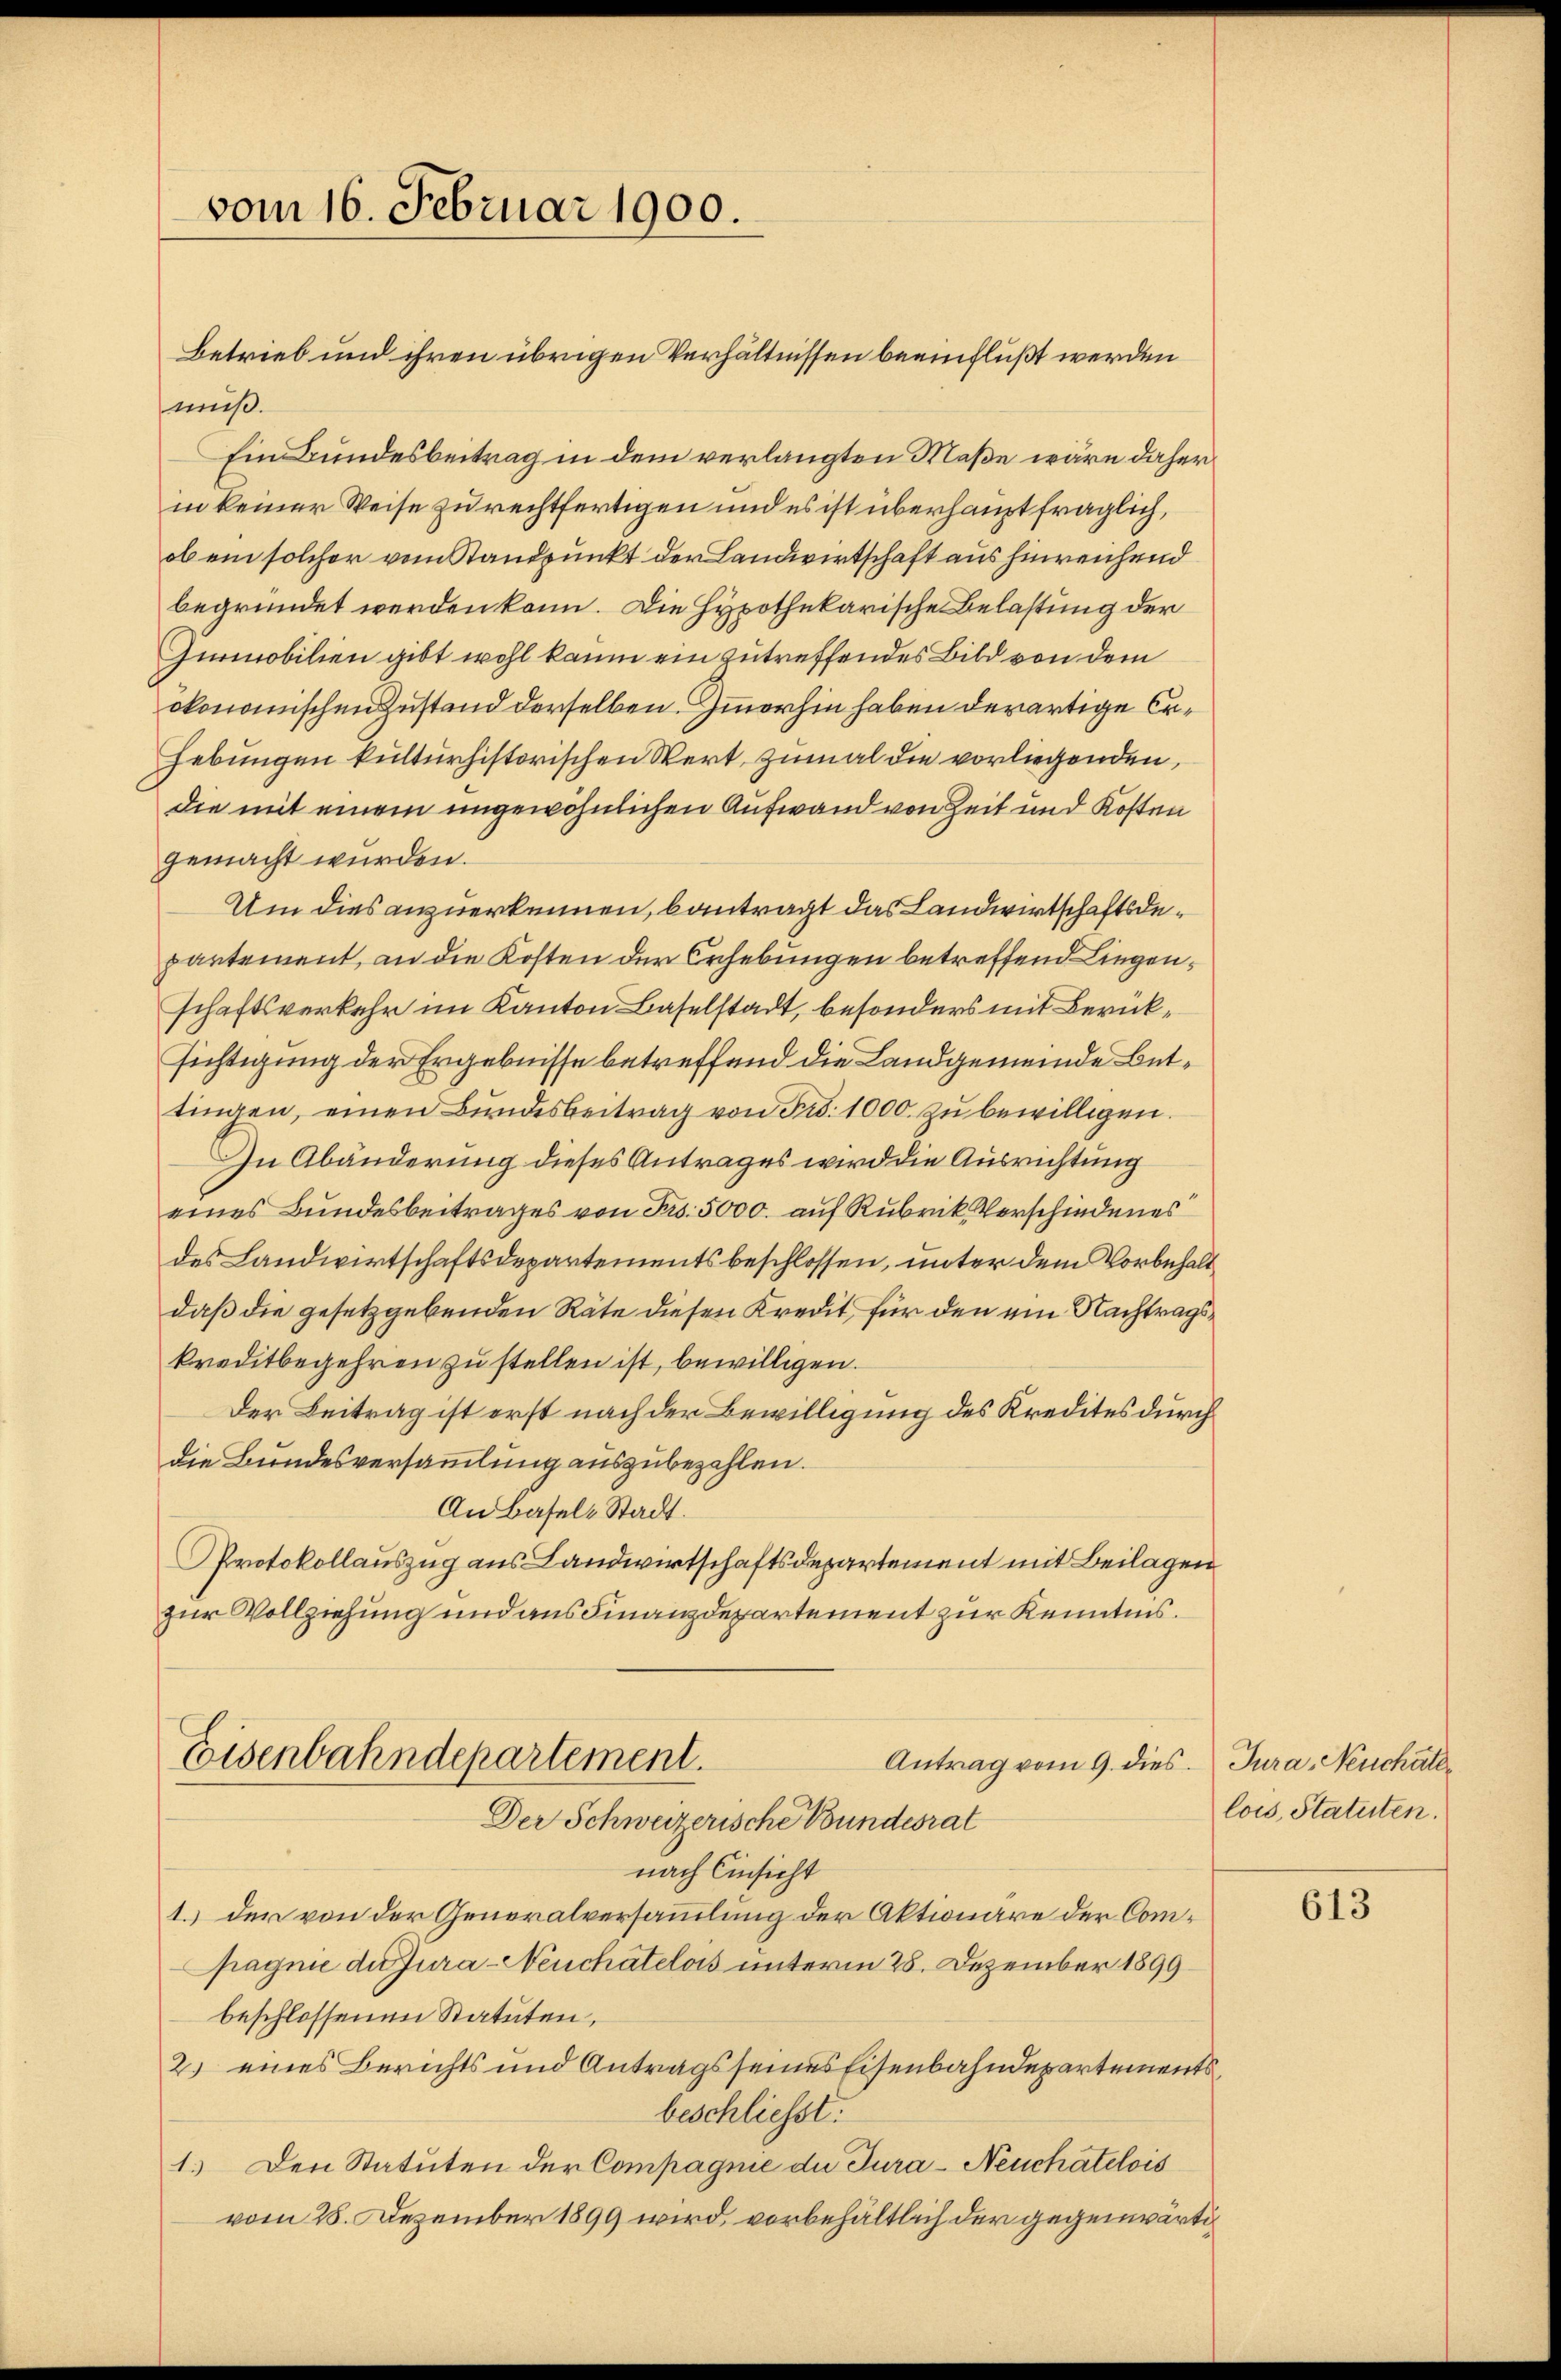
vom 16. Februar 1900.

Betrieb und ihren übrigen Verhältnissen beeinflußt werden
muß.
Ein Bundesbeitrag in dem verlangten Maße wäre daher
in keiner Weise zu rechtfertigen und es ist überhaupt fraglich,
ob ein solcher vom Standpunkt der Landwirtschaft aus hinreichend
begründet werden kann. Die Hypothekarische Belastung der
Gimobilien gibt wohl kaum ein zutreffendes Bild von dem
okonomischen Zustand derselben. Immerhin haben derartige Er¬
Hebungen kulturhistorischen Wert, zumal die vorliegenden,
die mit einem ungewöhnlichen Aufwand von Zeit und Kosten
gemacht wurden.
Um dies anzuerkennen, bantragt das Landwirtschaftsdepantement, an die Kosten der Erhebungen betreffend Liegenschaftsverkehr im Kanton Baselstadt, besonders mit Berücksichtigung der Ergebnisse betreffend die Landgemeinde Bettingen, einen Bundesbeitrag von Fr. 1000. zu bewilligen.
In Abänderung dieses Antrages wird die Ausrichtung
eines Bundesbeitrages von Fr. 5000. auf Rubrik Verschiedenes
des Landwirtschaftsdepartements beschlossen, unter dem Vorbehalt
daß die gesetzgebenden Räte diesen Kredit für den ein Nachtragskreditbegehren zu stellen ist, bewilligen.
Der Beitrag ist erst nach der Bewilligung des Kredites durch
die Bundesversammlung auszubezahlen.
An Basels Stadt.
Protokollauszug aus Landwirtschaftsdepartement mit Beilagen
zur Vollziehung und aus Finanzdepartement zur Kenntnis.
Eisenbahndepartement.
Antrag vom 9. dies Jura, Neuchale
Der Schweizerische Bundesrat
nach Einsicht
1. der von der Generalversammlung der Aktionäre der Compagnie der Jura-Neuchatelois unterm 28. Dezember 1899
beschlossenen Statuten,
2.) eines Berichts und Antrags seines Eisenbahndepartements
beschliesst.
1.) Den Statuten der Compagnie die Jura - Neuchatelois
vom 28. Dezember 1899 wird, vorbehältlich der gegenwärti¬

lois, Statuten

613